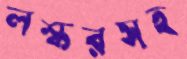
লস্করসহ